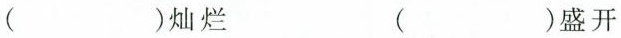
( )灿烂 ( )盛开